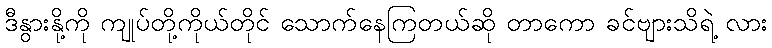
ဒီနွားနို့ကို ကျုပ်တို့ကိုယ်တိုင် သောက်နေကြတယ်ဆို တာကော ခင်ဗျားသိရဲ့ လား